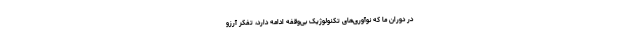
در دوران ما که نوآوری‌های تکنولوژیک بی‌وقفه ادامه دارد، تفکر آرزو